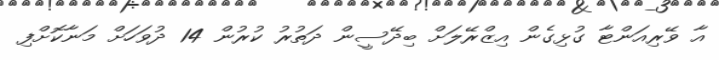
އާ ވޭރިއަންޓާ ގުޅިގެން އިޒްރޭލަށް ބިދޭސީން ދަތުރު ކުރުން 14 ދުވަހަށް މަނާކޮށްފި